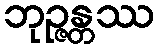
ဘုဉ္ဇန္တဿ